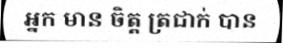
អ្នក មាន ចិត្ត ត្រជាក់ បាន